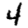
Digit: 4